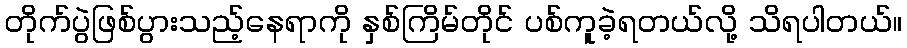
တိုက်ပွဲဖြစ်ပွားသည့်နေရာကို နှစ်ကြိမ်တိုင် ပစ်ကူခဲ့ရတယ်လို့ သိရပါတယ်။